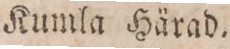
Kumla Härad.